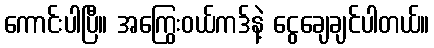
ကောင်းပါပြီ။ အကြွေးဝယ်ကဒ်နဲ့ ငွေချေချင်ပါတယ်။